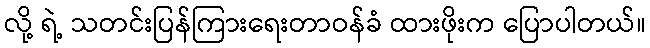
လို့ ရဲ့ သတင်းပြန်ကြားရေးတာဝန်ခံ ထားဖိုးက ပြောပါတယ်။